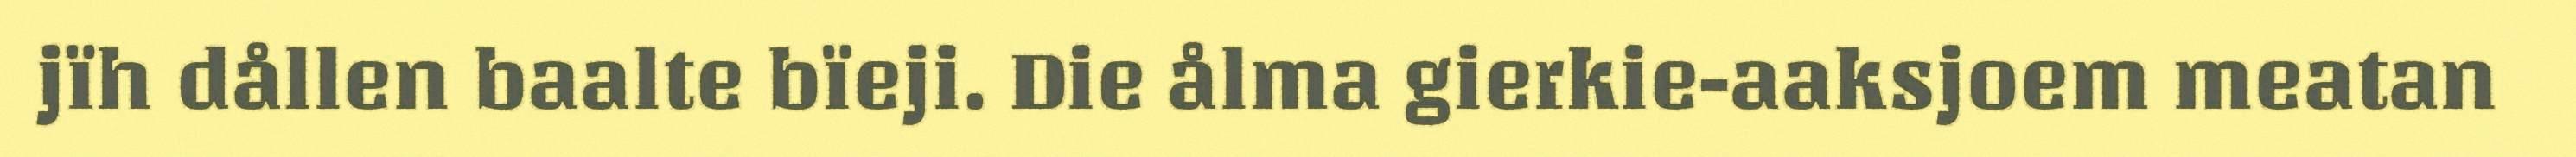
jïh dållen baalte bïeji. Die ålma gierkie-aaksjoem meatan